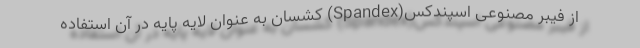
از فیبر مصنوعی اسپندکس(Spandex) کشسان به عنوان لایه پایه در آن استفاده